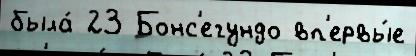
была́ 23 Бонс'егундо вп'ервы́е